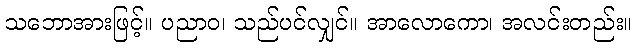
သဘောအားဖြင့်။ ပညာဝ၊ သည်ပင်လျှင်။ အာလောကော၊ အလင်းတည်း။